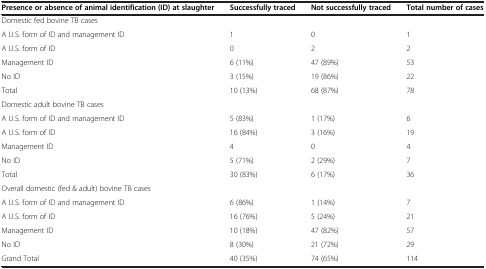
<table><thead><tr><td><b>Presence or absence of animal identification (ID) at slaughter</b></td><td><b>Successfully traced</b></td><td><b>Not successfully traced</b></td><td><b>Total number of cases</b></td></tr></thead><tbody><tr><td colspan="4">Domestic fed bovine TB cases</td></tr><tr><td>A U.S. form of ID and management ID</td><td>1</td><td>0</td><td>1</td></tr><tr><td>A U.S. form of ID</td><td>0</td><td>2</td><td>2</td></tr><tr><td>Management ID</td><td>6 (11%)</td><td>47 (89%)</td><td>53</td></tr><tr><td>No ID</td><td>3 (15%)</td><td>19 (86%)</td><td>22</td></tr><tr><td>Total</td><td>10 (13%)</td><td>68 (87%)</td><td>78</td></tr><tr><td colspan="4">Domestic adult bovine TB cases</td></tr><tr><td>A U.S. form of ID and management ID</td><td>5 (83%)</td><td>1 (17%)</td><td>6</td></tr><tr><td>A U.S. form of ID</td><td>16 (84%)</td><td>3 (16%)</td><td>19</td></tr><tr><td>Management ID</td><td>4</td><td>0</td><td>4</td></tr><tr><td>No ID</td><td>5 (71%)</td><td>2 (29%)</td><td>7</td></tr><tr><td>Total</td><td>30 (83%)</td><td>6 (17%)</td><td>36</td></tr><tr><td colspan="4">Overall domestic (fed &amp; adult) bovine TB cases</td></tr><tr><td>A U.S. form of ID and management ID</td><td>6 (86%)</td><td>1 (14%)</td><td>7</td></tr><tr><td>A U.S. form of ID</td><td>16 (76%)</td><td>5 (24%)</td><td>21</td></tr><tr><td>Management ID</td><td>10 (18%)</td><td>47 (82%)</td><td>57</td></tr><tr><td>No ID</td><td>8 (30%)</td><td>21 (72%)</td><td>29</td></tr><tr><td>Grand Total</td><td>40 (35%)</td><td>74 (65%)</td><td>114</td></tr></tbody></table>